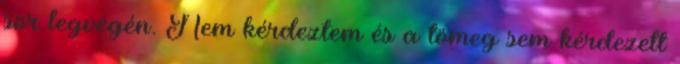
sor legvégén. Nem kérdeztem és a tömeg sem kérdezett